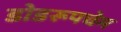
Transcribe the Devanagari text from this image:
डोडरूपचेम